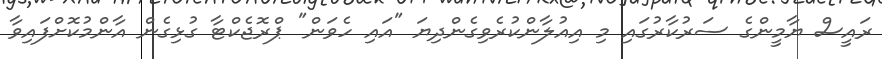
ރައީސް ޔާމީންގެ ސަރުކާރުގައި މި އިއުލާންކުރެވިގެންދިޔަ "އައި ހެވަން" ޕްރޮޖެކްޓާ ގުޅިގެން އާންމުކޮށްފައިވާ